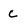
Character: C